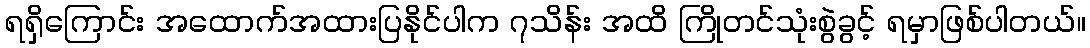
ရရှိကြောင်း အထောက်အထားပြနိုင်ပါက ၇သိန်း အထိ ကြိုတင်သုံးစွဲခွင့် ရမှာဖြစ်ပါတယ်။